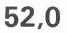
52,0